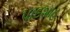
પાદશાહ